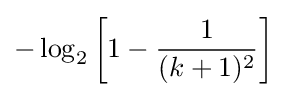
-\log _{2}\left[1-{\frac {1}{(k+1)^{2}}}\right]